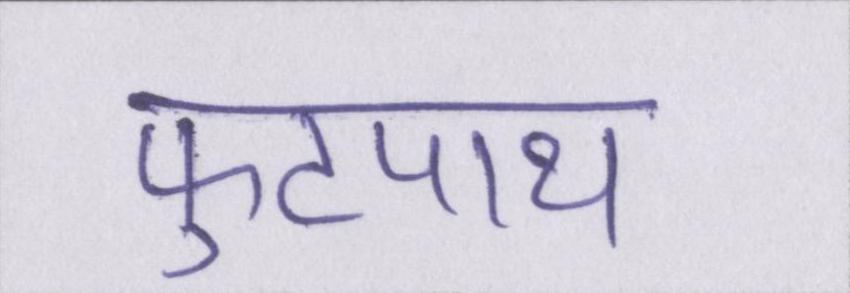
फुटपाथ